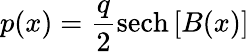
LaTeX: p(x)={\frac{q}{2}}\mathrm{sech}\left[B(x)\right]